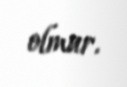
olmur.